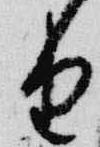
由